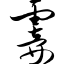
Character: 霎